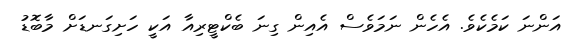
އަންނަ ކަމެކެވެ. އެހެން ނަމަވެސް އެއިން ގިނަ ބެކްޓީރިއާ އަކީ ހަށިގަނޑަށް މާބޮޑު